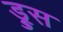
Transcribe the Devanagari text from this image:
ड्रुस